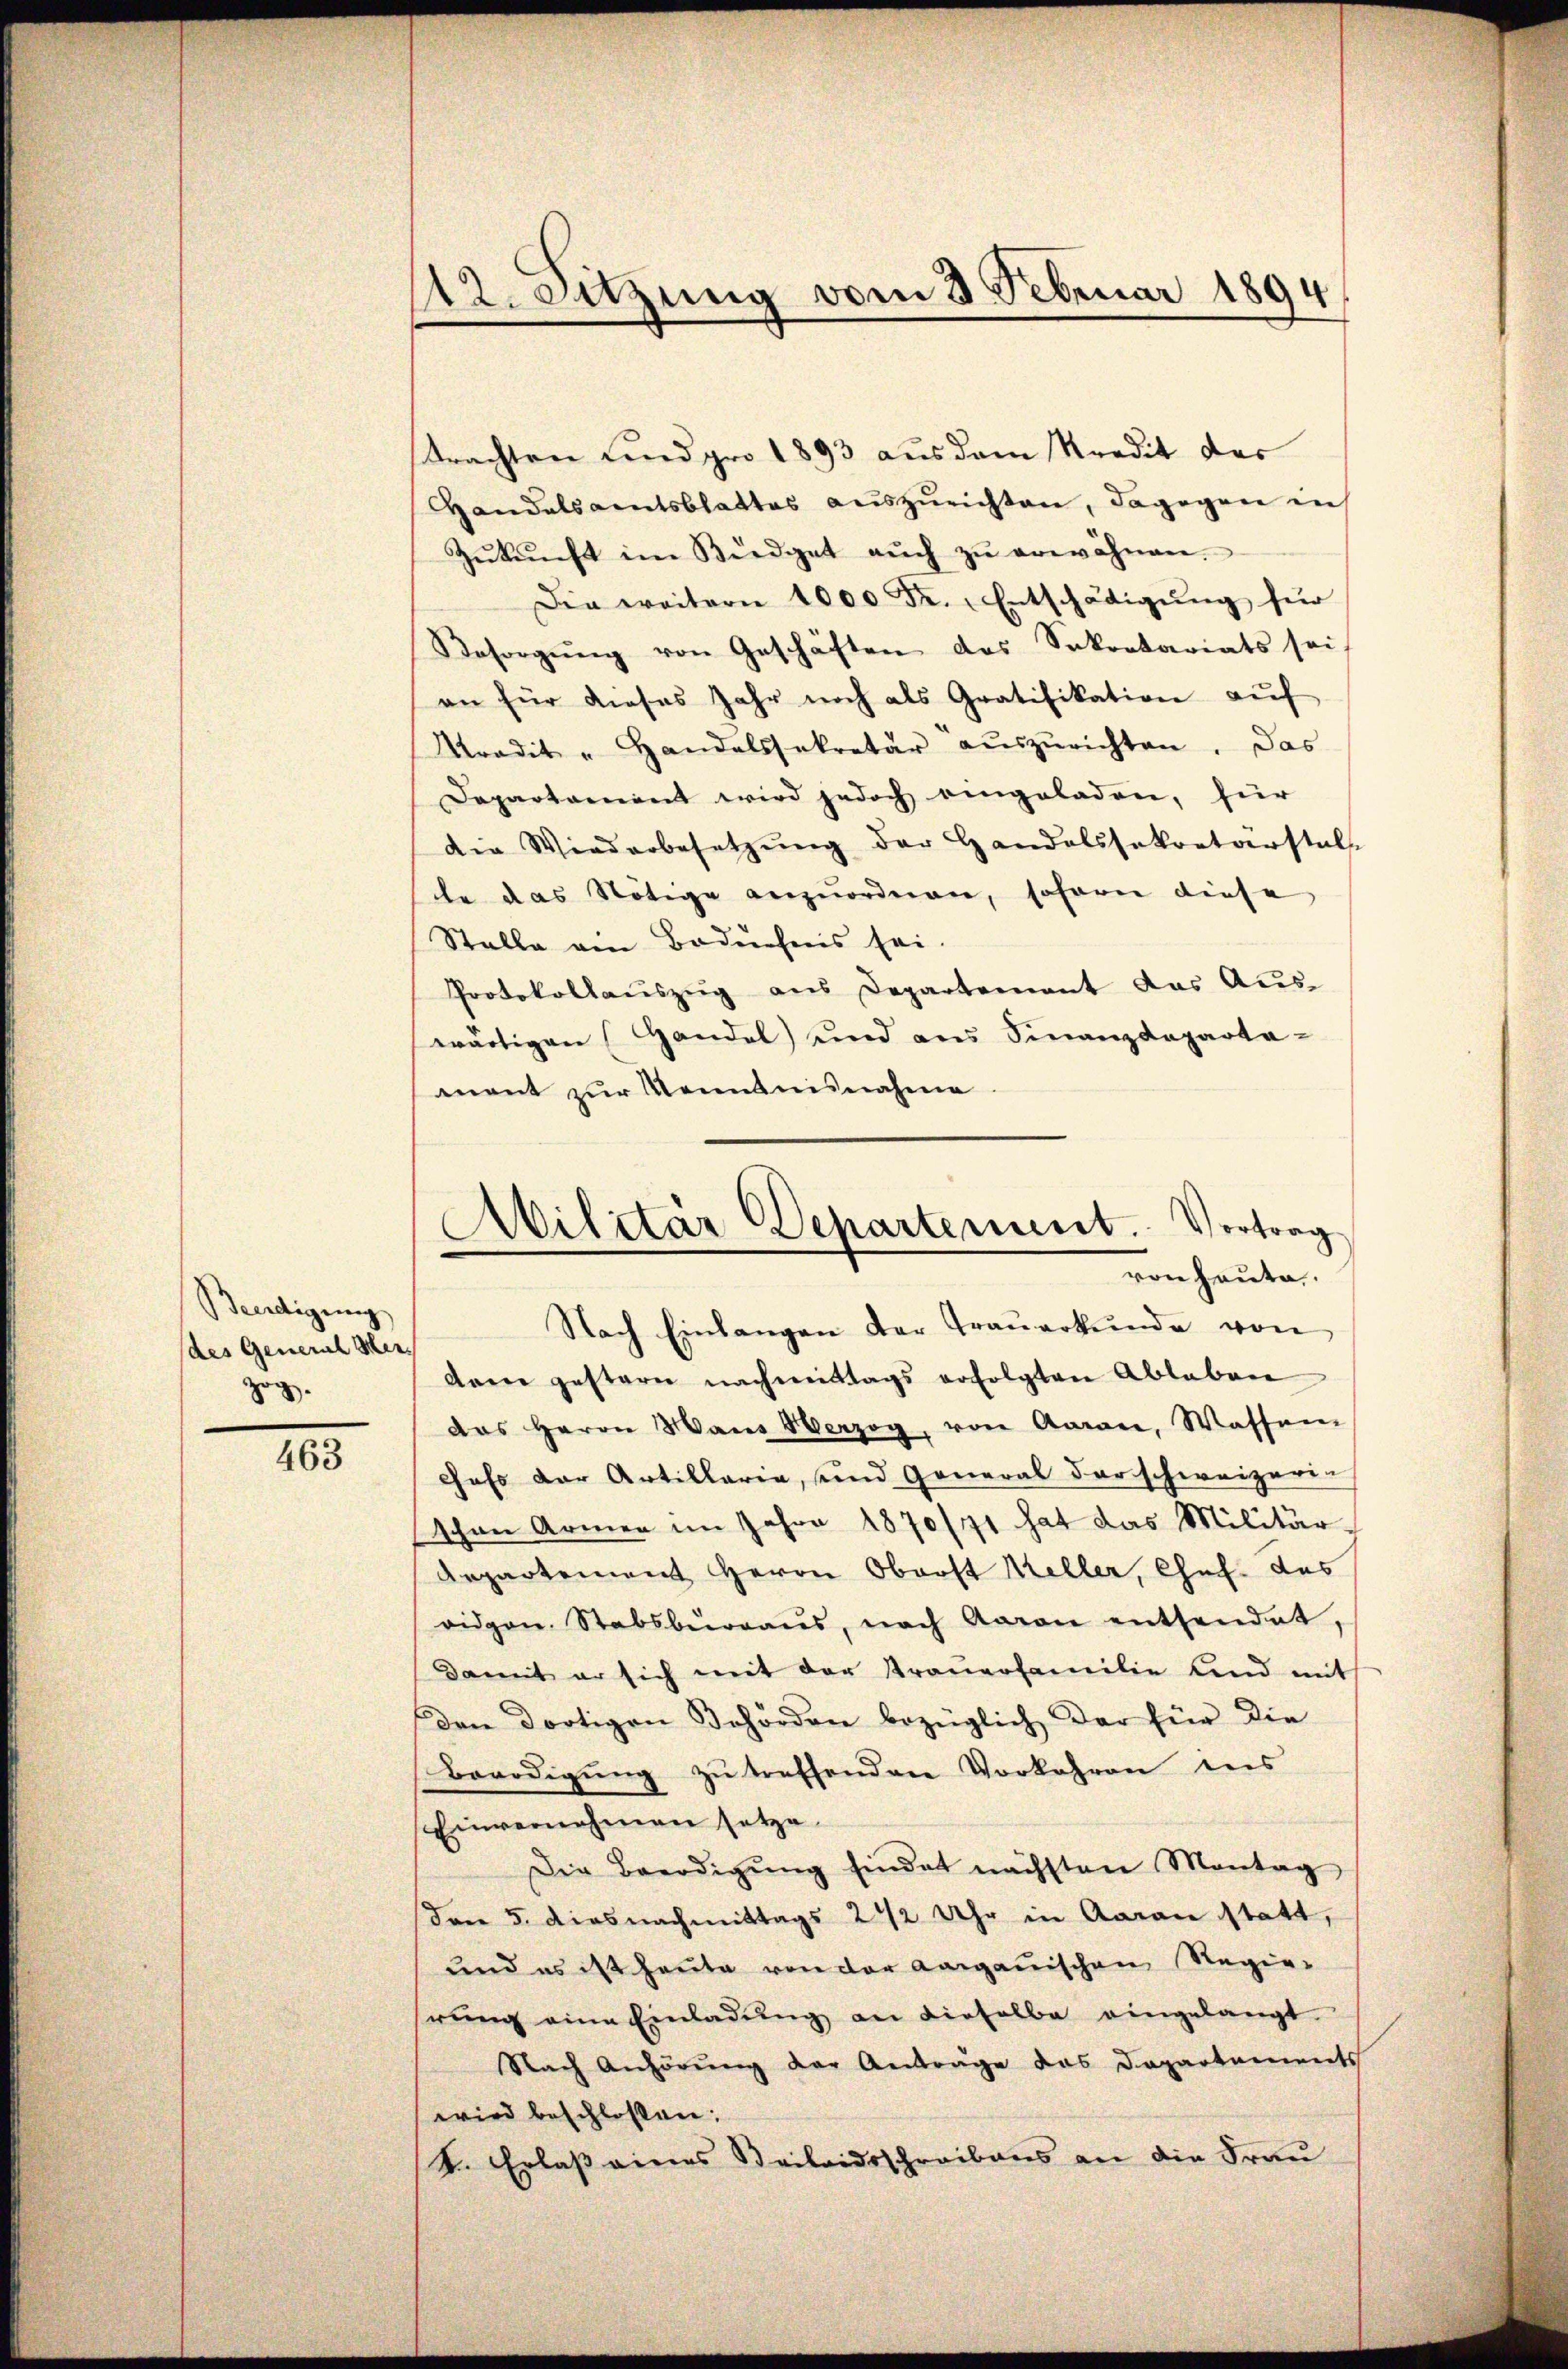
Beerdigung
des General Mer
zog.

463

trachten und pro 1893 aus dem Kredit des
Handelsamtsblattes auszurichten, dagegen in
Zŭkŭnft im Büdget aŭch zŭ erwähnen.
Die weitern 1000 Fr. Entschädigŭng für
Besorgŭng von Geschäften des Sekretariats sei
an für dieses Jahr noch als Gratifikation aŭf
Kradit - Handelssekretär aŭszŭrichten. Das
Departament wird jedoch eingeladen, für
Die Wiederbesetzŭng der Handelssekretärstals
te das Nötige anzuordnen, sofern diese
Stalle ein Badechnis sei.
Protokollaŭszŭg ans Departement das Aŭs-
wärtigen Handel und aus Finanzdeparta-
ment zur Kenntnisnahme

12. Sitzung vom 3. Februar 1894

Nach Einlangen der Trauerkunde von
dem gestern nachmittags erfolgten Ableben
das Herrn Mans Verzog, von Aarau, Wassen
Jass der Artillaria, und General der schweizerin
schen Armen im Jahre 1870/71 hat das Militär-
Departement Herrn Oberst Keller, Chef das
vidgen. Stabsbŭrgaŭs, nach Aaran entsendet,
Damit er sich mit der Krauerfamilie und mit
Den dortigen Behörden bezüglich der für die
Beerdigŭng zŭ treffenden Vorkehren des
Einvernehmen setze
Die Beerdigŭng sindet nächsten Montag
drer 5. Dies nachmittags 242 Uhr in Aaran statt,
und es ist heute von der Aargauischen Regie-
rŭng eine Einladŭng an dieselbe eingelangt.
Nach Anhörung der Anträge das Departements
wird beschlossen:
t. Erlaß eines Beilandsschreibens an die Frau

Militär Departement. Vortrag
von heute